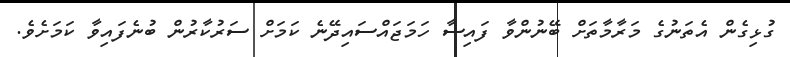
ގުޅިގެން އެތަނުގެ މަރާމާތަށް ބޭނުންވާ ފައިސާ ހަމަޖައްސައިދޭނެ ކަމަށް ސަރުކާރުން ބުނެފައިވާ ކަމަށެވެ.